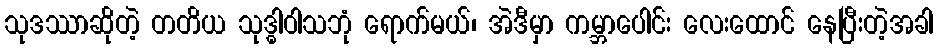
သုဒဿာဆိုတဲ့ တတိယ သုဒ္ဓါဝါသဘုံ ရောက်မယ်၊ အဲဒီမှာ ကမ္ဘာပေါင်း လေးထောင် နေပြီးတဲ့အခါ